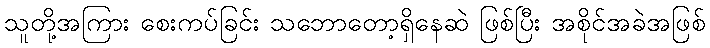
သူတို့အကြား စေးကပ်ခြင်း သဘောတော့ရှိနေဆဲ ဖြစ်ပြီး အစိုင်အခဲအဖြစ်